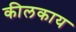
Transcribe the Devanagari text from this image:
कीलकाय